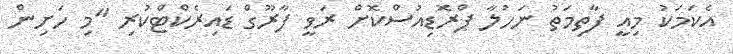
އެކަމަކު މިއީ ފާތިމަތު ނަހުލާ ޕްރޮޑިއުސްކޮށް ރަވީ ފާރޫގް ޑައިރެކްޓްކުރި "މި ހަށިން